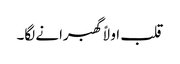
قلب اولاً گھبرانے لگا۔